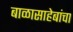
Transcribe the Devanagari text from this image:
बाळासाहेबांचा